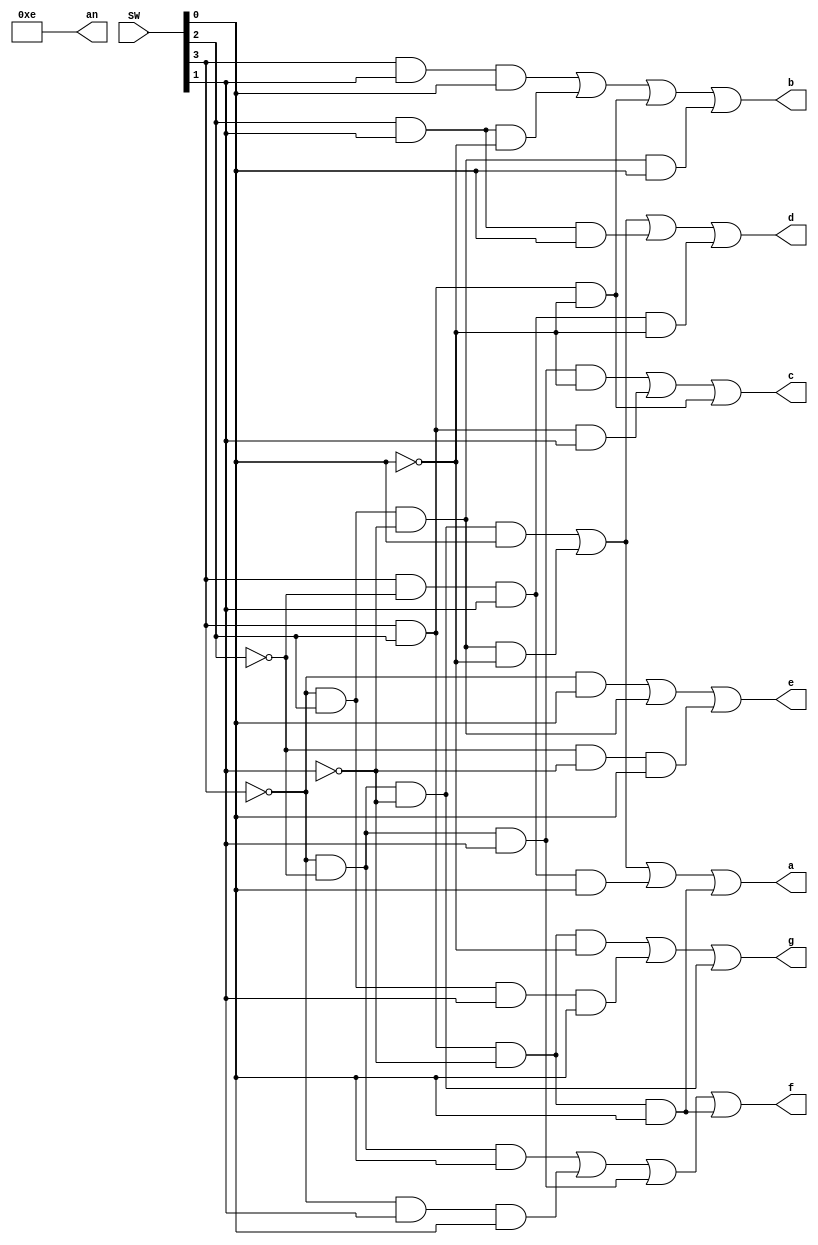
`timescale 1ns / 1ps

module display_structural(
    input [3:0] SW,
    output [3:0] an,
    output a,
    output b,
    output c,
    output d,
    output e,
    output f,
    output g
    );
    
    //Initialize values - only an0 should be on
    assign an[0] = 1'b0;
    assign an[1] = 1'b1;
    assign an[2] = 1'b1;
    assign an[3] = 1'b1;
    
    //Defining wires for not signals
    wire SW3_not, SW2_not, SW1_not, SW0_not;
    
    //Defining wires for and signals
    wire d0, d1, d2, d3, d4, d5, d6, d7, d8, d9, d10, d11, d12, d13, d14, d15, d16, d17, d18, d19, d20, d21, d22, d23, d24;
    
    //Instantiating not gates
    not n0 (SW3_not, SW[3]);
    not n1 (SW2_not, SW[2]);
    not n2 (SW1_not, SW[1]);
    not n3 (SW0_not, SW[0]);
    
    //Instantiating and/or gates
    //Segment a
    and g0 (d0, SW3_not, SW2_not, SW1_not, SW[0]);
    and g1 (d1, SW3_not, SW[2], SW1_not, SW0_not);
    and g2 (d2, SW[3], SW2_not, SW[1], SW[0]);
    and g3 (d3, SW[3], SW[2], SW1_not, SW[0]);
    or o1 (a, d0, d1, d2, d3);
    
    //Segment b
    and g4 (d4, SW[3], SW[1], SW[0]);
    and g5 (d5, SW[2], SW[1], SW0_not);
    and g6 (d6, SW[3], SW[2], SW0_not);
    and g7 (d7, SW3_not, SW[2], SW1_not, SW[0]);
    or o2 (b, d4, d5, d6, d7);
    
    //Segment c
    and g8 (d8, SW3_not, SW2_not, SW[1], SW0_not);
    and g9 (d9, SW[3], SW[2], SW[1]);
    and g10 (d10, SW[3], SW[2], SW0_not);
    or o3 (c, d8, d9, d10);
    
    //Segment d
    and g11 (d11, SW3_not, SW[2], SW1_not, SW0_not);
    and g12 (d12, SW3_not, SW2_not, SW1_not, SW[0]);
    and g13 (d13, SW[2], SW[1], SW[0]);
    and g14 (d14, SW[3], SW2_not, SW[1], SW0_not);
    or o4 (d, d11, d12, d13, d14);
    
    //Segment e
    and g15 (d15, SW3_not, SW[0]);
    and g16 (d16, SW3_not, SW[2], SW1_not);
    and g17 (d17, SW2_not, SW1_not, SW[0]);
    or o5 (e, d15, d16, d17);
    
    //Segment f
    and g18 (d18, SW3_not, SW2_not, SW[0]);
    and g19 (d19, SW3_not, SW[1], SW[0]);
    and g20 (d20, SW3_not, SW2_not, SW[1]);
    and g21 (d21, SW[3], SW[2], SW1_not, SW[0]);
    or o6 (f, d18, d19, d20, d21);
    
    //Segment g
    and g22 (d22, SW[3], SW[2], SW1_not, SW0_not);
    and g23 (d23, SW3_not, SW[2], SW[1], SW[0]);
    and g24 (d24, SW3_not, SW2_not, SW1_not);
    or o7 (g, d22, d23, d24);
    
endmodule